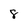
Character: 8